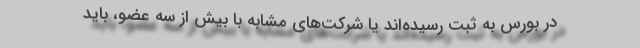
در بورس به ثبت رسیده‌اند یا شرکت‌های مشابه با بیش از سه عضو، باید